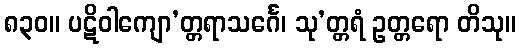
၈၃၀။ ပဋိဝါကျော’တ္တရာသင်္ဂေ၊ သု’တ္တရံ ဥတ္တရော တိသု။